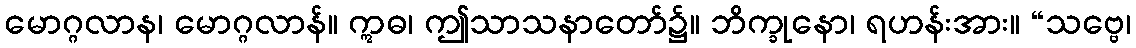
မောဂ္ဂလာန၊ မောဂ္ဂလာန်။ ဣဓ၊ ဤသာသနာတော်၌။ ဘိက္ခုနော၊ ရဟန်းအား။ “သဗ္ဗေ၊